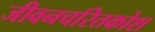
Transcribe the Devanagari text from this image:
जीवनचरितकोश